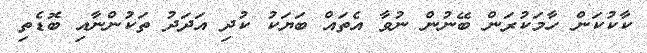
ކާކުކަން ހާމަކުރަން ބޭނުން ނުވާ އެތައް ބަޔަކު ކުދި އަދަދު ތަކުންނާއި ބޮޑެތި